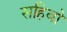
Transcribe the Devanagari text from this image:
सहिबो